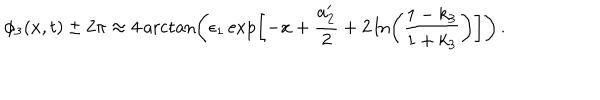
LaTeX: \phi _ { 3 } ( x , t ) \pm 2 \pi \approx 4 \operatorname { a r c t a n } \left( \epsilon _ { 1 } \exp \left[ - x + \frac { a _ { 2 } ^ { \prime } } { 2 } + 2 \ln \left( \frac { 1 - k _ { 3 } } { 1 + k _ { 3 } } \right) \right] \right) \, .